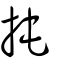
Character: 扽